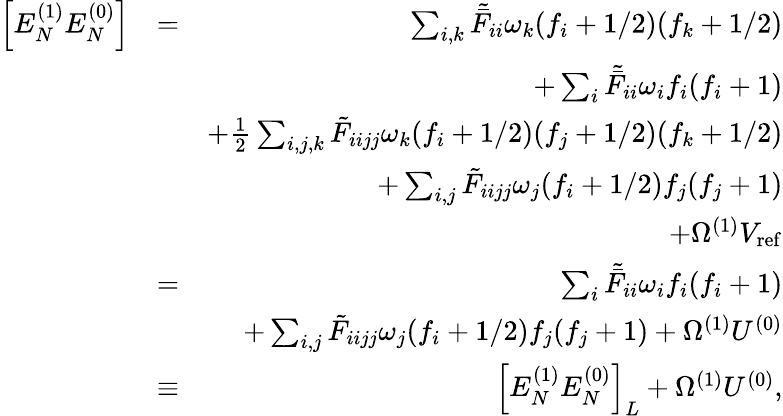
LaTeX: \begin{array}{rlr}{\left[E_{N}^{(1)}E_{N}^{(0)}\right]}&{=}&{\sum_{i,k}\tilde{\bar{F}}_{ii}\omega_{k}(f_{i}+1/2)(f_{k}+1/2)}\\ &{}&{+\sum_{i}\tilde{\bar{F}}_{ii}\omega_{i}f_{i}(f_{i}+1)}\\ &{}&{+\frac{1}{2}\sum_{i,j,k}\tilde{F}_{iijj}\omega_{k}(f_{i}+1/2)(f_{j}+1/2)(f_{k}+1/2)}\\ &{}&{+\sum_{i,j}\tilde{F}_{iijj}\omega_{j}(f_{i}+1/2)f_{j}(f_{j}+1)}\\ &{}&{+\Omega^{(1)}V_{\mathrm{ref}}}\\ &{=}&{\sum_{i}\tilde{\bar{F}}_{ii}\omega_{i}f_{i}(f_{i}+1)}\\ &{}&{+\sum_{i,j}\tilde{F}_{iijj}\omega_{j}(f_{i}+1/2)f_{j}(f_{j}+1)+\Omega^{(1)}U^{(0)}}\\ &{\equiv}&{\left[E_{N}^{(1)}E_{N}^{(0)}\right]_{L}+\Omega^{(1)}U^{(0)},}\end{array}